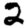
Digit: 2